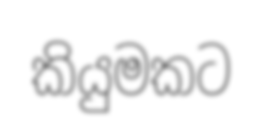
කියුමකට